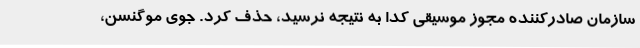
سازمان صادرکننده مجوز موسیقی کدا به نتیجه نرسید، حذف کرد. جوی موگنسن،